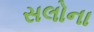
સલોના